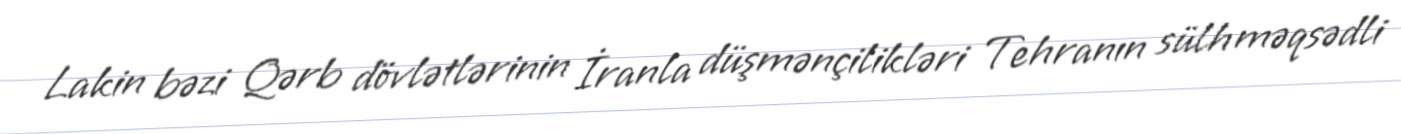
Lakin bəzi Qərb dövlətlərinin İranla düşmənçilikləri Tehranın sülh məqsədli